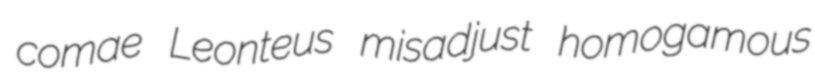
comae Leonteus misadjust homogamous